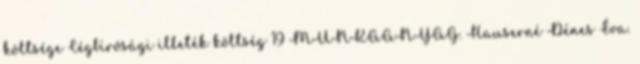
költsége Cégbírósági illeték költség 19 MUNKAANYAG. Hauserné Dénes Éva.